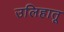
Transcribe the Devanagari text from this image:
उलिहातू